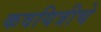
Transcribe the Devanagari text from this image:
कवयित्रीचे